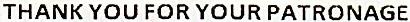
THANK YOU FOR YOUR PATRONAGE